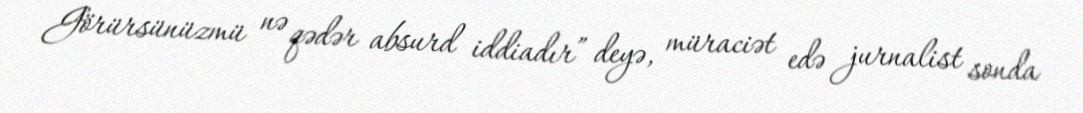
Görürsünüzmü nə qədər absurd iddiadır” deyə, müraciət edə jurnalist sonda